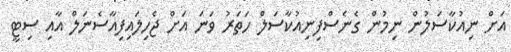
އަށް ނިއުކާސަލުން ނިމުން ގެނެސްފިނިއުކާސަލް ހަތަރު ވަނަ އަށް ޖެހިލައިފިއާސެނަލް އާއި ސިޓީ